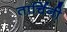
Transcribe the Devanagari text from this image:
तार्चिनी